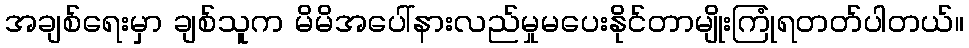
အချစ်ရေးမှာ ချစ်သူက မိမိအပေါ်နားလည်မှုမပေးနိုင်တာမျိုးကြုံရတတ်ပါတယ်။